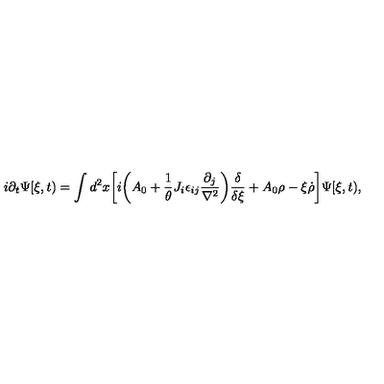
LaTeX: i \partial _ { t } \Psi [ \xi , t ) = \int d ^ { 2 } x \biggl [ i \biggl ( A _ { 0 } + { \frac { 1 } { \theta } } J _ { i } \epsilon _ { i j } { \frac { \partial _ { j } } { \nabla ^ { 2 } } } \biggr ) { \frac { \delta } { \delta \xi } } + A _ { 0 } \rho - \xi { \dot { \rho } } \biggr ] \Psi [ \xi , t ) ,